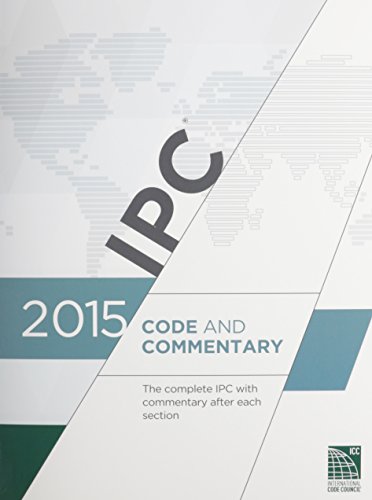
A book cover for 2015 International Plumbing Code Commentary (Includes IPSDC); International Code Council; Engineering & Transportation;